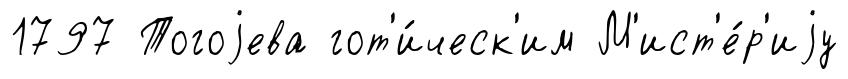
1797 Тогоjева гот'и́ческ'им М'ист'е́р'иjу